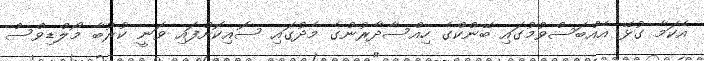
އެކަމާ ގުޅޭ އެއްބަސްވުމުގައި ބޭންކްގެ ހިއްސާދާރުންގެ މެދުގައި ސޮއިކޮށްފައި ވަނީ ކުރުބާ މޯލްޑިވްސް